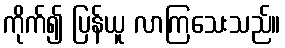
ကိုက်၍ ပြန်ယူ လာကြသေးသည်။